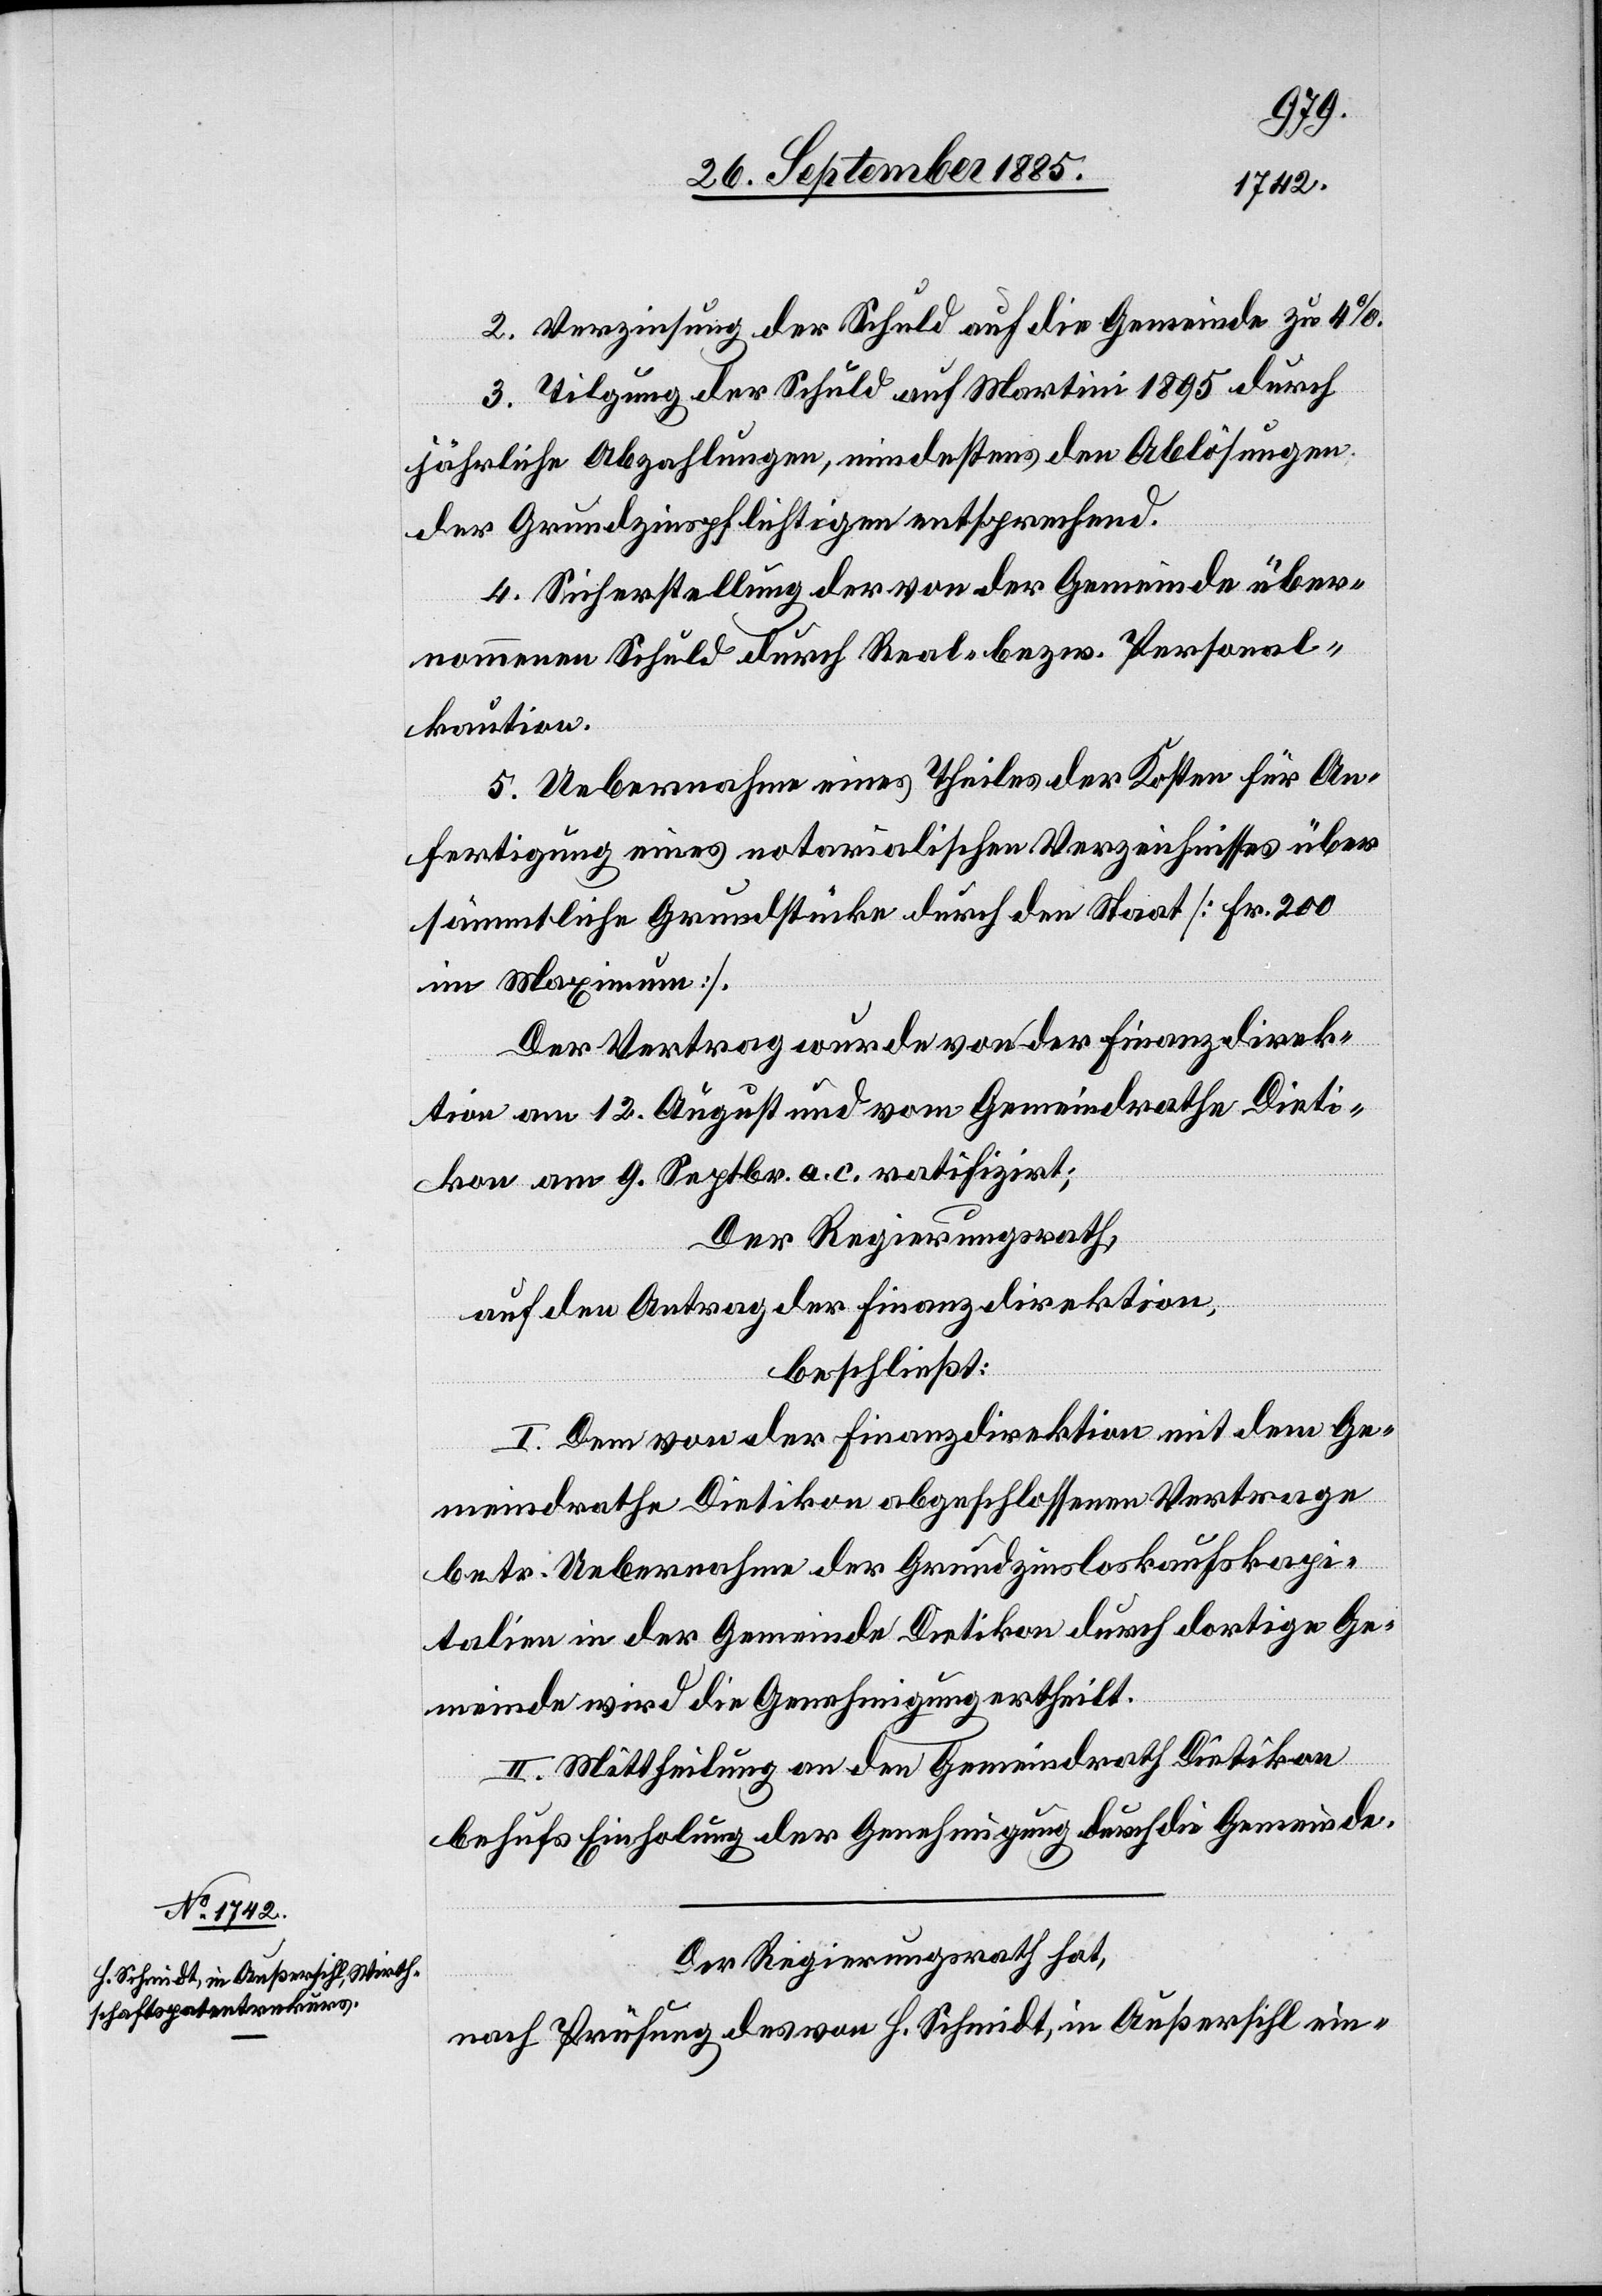
2. Verzinsung der Schuld auf die Gemeinde zu 4%.
3. Tilgung der Schuld auf Martini 1895 durch
jährliche Abzahlungen, mindestens den Ablösungen
der Grundzinspflichtigen entsprechend.
4. Sicherstellung der von der Gemeinde über¬
nommenen Schuld durch Real- bezw. Personal¬
kaution.
5. Uebernahme eines Theiles der Kosten für An¬
fertigung eines notarialischen Verzeichnisses über
sämmtliche Grundstücke durch den Staat [Fr. 200
im Maximum].
Der Vertrag wurde von der Finanzdirek¬
tion am 12. August und vom Gemeindrathe Dieti¬
kon am 9. Septbr. a. c. ratifizirt;
Der Regierungsrath,
auf den Antrag der Finanzdirektion,
beschließt:
I. Dem von der Finanzdirektion mit dem Ge¬
meindrathe Dietikon abgeschlossenen Vertrage
betr. Uebernahme der Grundzinsloskaufskapi¬
talien in der Gemeinde Dietikon durch dortige Ge¬
meinde wird die Genehmigung ertheilt.
II. Mittheilung an den Gemeindrath Dietikon
behufs Einholung der Genehmigung durch die Gemeinde.
Der Regierungsrath hat,
nach Prüfung des von H. Schmidt, in Außersihl ein-